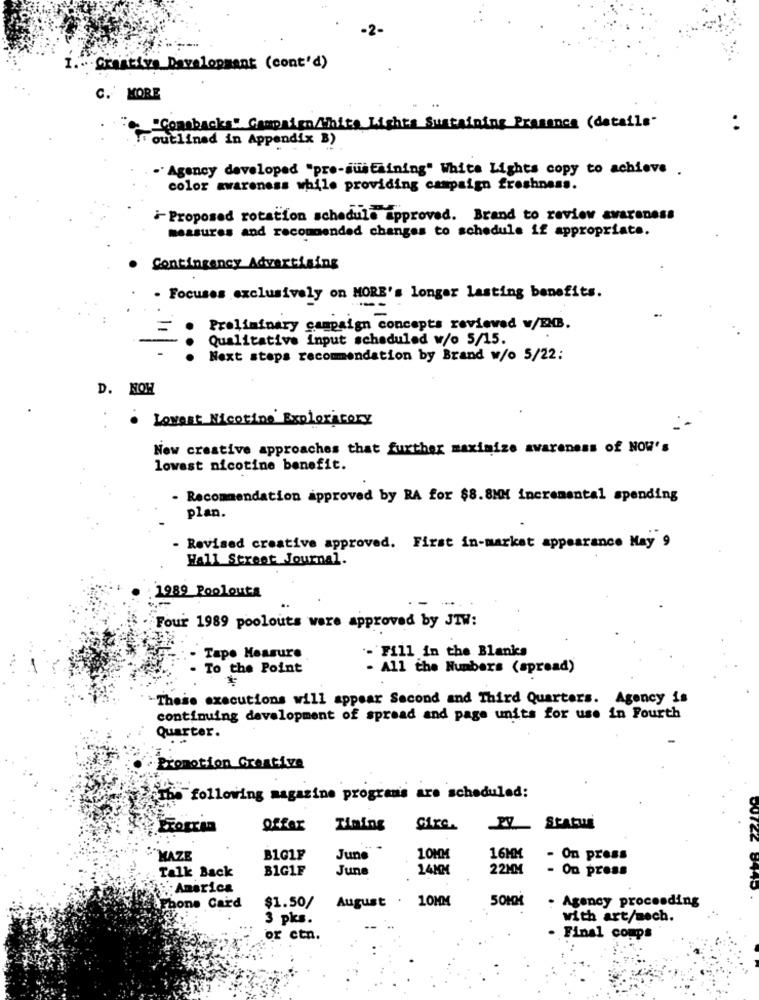
Creative Davelopment (cont'd)
C. MORE
"Comebacks" Campaign/White Lights Sustaining Presence (details-
outlined in Appendix B)
Agency developed "pro-sustaining" White Lights copy to achieve .
color awareness while providing campaign freshness.
-Proposed rotation schedule approved. Brand to review awareness
measures and recommended changes to schedule if appropriate.
Contingency Advertising
. Focuses exclusively on MORE's longer lasting benefits.
Preliminary campaign concepts reviewed v/ENB.
Qualitative Input scheduled w/o 5/15.
Next steps recommendation by Brand w/o 5/22:
D. NOH
Lowest Nicotine Exploratory
New creative approaches that further maximize awareness of NOW's
lowest nicotine benefit.
- Recommendation approved by RA for $8.8MM incremental spending
plan.
- Revised creative approved. First in-market appearance May 9
Wall Street Journal.
1989 Poolouta
Four 1989 poolouts were approved by JTW:
Tape Measure
- Fill in the Blanks
To the Point
- All the Numbers (spread)
*
These executions will appear Second and Third Quarters. Agency is
continuing development of spread and page units for use in Fourth
Quarter.
Promotion Creative
The following magazine programs are scheduled:
Togran
offer
Timing
Status
MAZE
B1G1F
June
10MM
16MM
- On Press
Talk Back
B1G1F
June
14NM
22MM
- On press
: America
hone Card
August . 10MM
50MM
$1.50/
. Agency proceeding
3 pks.
with art/mech.
or ctn.
· Final coups